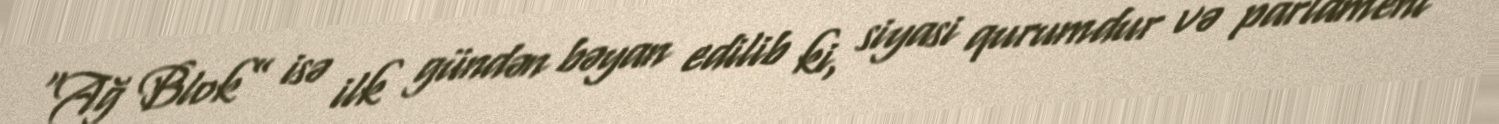
“Ağ Blok” isə ilk gündən bəyan edilib ki, siyasi qurumdur və parlament